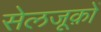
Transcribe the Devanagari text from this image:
सेलजूक़ों